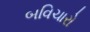
બવિચારો